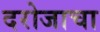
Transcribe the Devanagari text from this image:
दरोजाचा